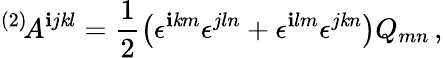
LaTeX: {}^{(2)}\! A^{\mathbf{i}j\mathit{k}l}=\frac{1}{2}\left(\epsilon^{\mathbf{i}\mathit{k}m}\epsilon^{jln}+\epsilon^{\mathbf{i}lm}\epsilon^{j\mathit{k}n}\right)Q_{mn}\, ,